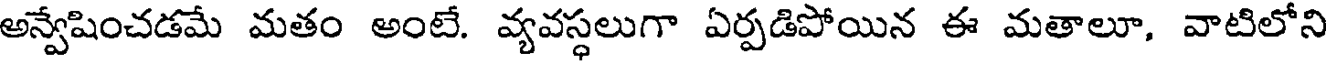
అన్వేషించడమే మతం అంటే. వ్యవస్థలుగా ఏర్పడిపోయిన ఈ మతాలూ, వాటిలోని